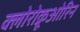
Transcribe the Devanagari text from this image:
क्लोरोक्रूओरिन